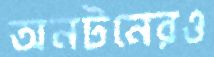
অনটনেরও